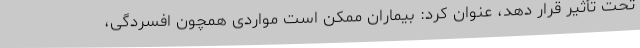
تحت تأثیر قرار دهد، عنوان کرد: بیماران ممکن است مواردی همچون افسردگی،